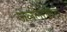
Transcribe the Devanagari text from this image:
जललावाद्य